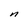
Character: n